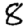
Digit: 8